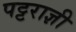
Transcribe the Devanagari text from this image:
पट्टराज्ञी